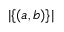
| \{ ( a , b ) \} |